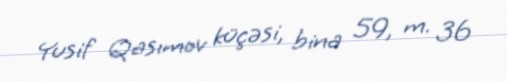
Yusif Qasımov küçəsi, bina 59, m. 36